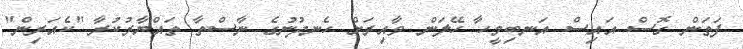
ފަތަން ގޮސް އައިސް އަނބިމީހާ ހޭލަން ވާއިރަށް ހެނދުނުގެ ނާސްތާ ތައްޔާރުކުރާ "ކެއަރިން"